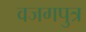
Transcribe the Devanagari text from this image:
वजगपुत्र